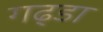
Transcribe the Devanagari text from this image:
गढ्‌डा